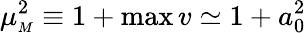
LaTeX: \mu_{{\scriptscriptstyle M}}^{2}\equiv 1+\operatorname*{max}v\simeq 1+a_{0}^{2}